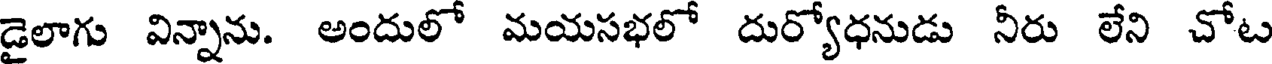
డైలాగు విన్నాను. అందులో మయసభలో దుర్యోధనుడు నీరు లేని చోట